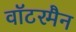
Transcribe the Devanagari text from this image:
वॉटरमैन